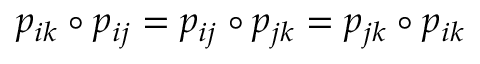
p _ { i k } \circ p _ { i j } = p _ { i j } \circ p _ { j k } = p _ { j k } \circ p _ { i k }